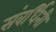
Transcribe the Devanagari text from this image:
संवर्धिनी